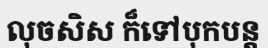
លុចសិស ក៏ទៅបុកបន្ត